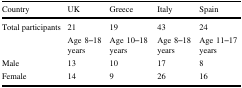
| Country | UK | Greece | Italy | Spain |
 | --- | --- | --- | --- | --- |
 | Total participants | 21 | 19 | 43 | 24 |
 |  | Age 8–18 years | Age 10–18 years | Age 8–18 years | Age 11–17 years |
 | Male | 13 | 10 | 17 | 8 |
 | Female | 14 | 9 | 26 | 16 |